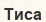
Тиса